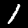
Label: 1